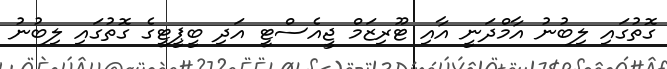
ގޮތުގައި ލިބުނު އާމްދަނީ އާއި ޓޫރިޒަމް ޖީއެސްޓީ އަދި ބީޕީޓީގެ ގޮތުގައި ލިބުނު